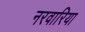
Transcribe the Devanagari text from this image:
नरवारिया